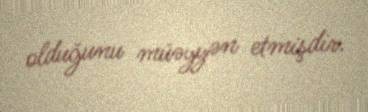
olduğunu müəyyən etmişdir.